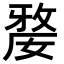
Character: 𡠉